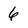
Character: 6